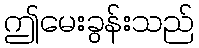
ဤမေးခွန်းသည်